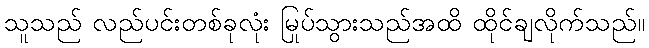
သူသည် လည်ပင်းတစ်ခုလုံး မြုပ်သွားသည်အထိ ထိုင်ချလိုက်သည်။